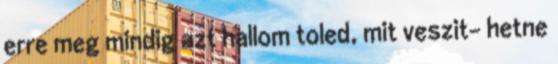
erre meg mindig azt hallom toled, mit veszit- hetne